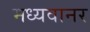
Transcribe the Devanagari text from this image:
मध्यवानर